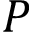
P